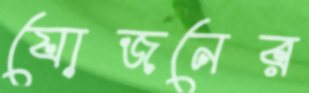
যোজনের